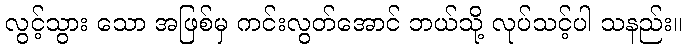
လွင့်သွား သော အဖြစ်မှ ကင်းလွတ်အောင် ဘယ်သို့ လုပ်သင့်ပါ သနည်း။